Report on vaccination in the Province of Bengal - 1874-1889
Year: 1874
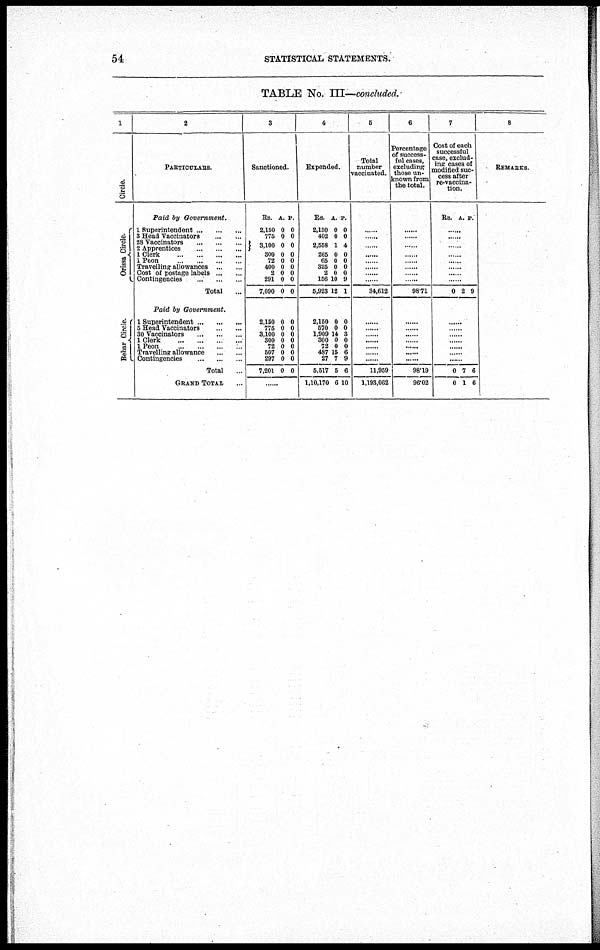
54
STATISTICAL STATEMENTS.
TABLE No. III—concluded.
1
Circle.
Orissa Circle.
Behar Circle.
2
PARTICULARS.
Paid by Government.
1 Superintendent ... ... ...
3 Head Vaccinators
...
...
28 Vaccinators
...
...
...
2 Apprentices
...
...
...
1 Clerk
...
...
...
...
1 Peon
...
...
...
...
Travelling allowances
...
...
Cost of postage labels ... ...
Contingencies
...
...
...
Total ...
Paid by Government.
1 Superintendent ... ... ...
6 Head Vaccinators
...
...
30 Vaccinators
...
...
...
1 Clerk
...
...
...
1 Peon
...
...
...
...
Travelling allowance
...
...
Contingencies
...
...
...
Total ...
GRAND TOTAL ...
3
Sanctioned.
Rs.
2,150
775
3,100
300
72
400
2
291
7,090
A.
0
0
0
0
0
0
0
0
0
P.
0
0
0
0
0
0
0
0
0
2,150
775
3,100
300
72
507
297
7,201
0
0
0
0
0
0
0
0
0
0
0
0
0
0
0
0
......
4
Expended.
Rs.
2,150
402
2,558
265
65
325
2
156
5,923
A.
0
0
1
0
0
0
0
10
12
P.
0
0
4
0
0
0
0
9
1
2,150
570
1,909
300
72
487
27
5,517
1,10,170
0
0
14
0
0
15
7
5
6
0
0
3
0
0
6
9
6
10
5
Total
number
vaccinated.
......
......
......
......
......
......
......
......
34,612
......
......
......
......
......
......
......
11,959
1,193,062
6
Percentage
of success-
--- cases,
excluding
those un-
known from
the total.
......
......
......
......
......
......
......
......
98.71
......
......
......
......
......
......
......
98.19
96.02
7
Cost of each
successful
case, exclud-
ing cases of
modified suc-
cess after
re-vaccina¬
tion.
Rs. A. P.
......
......
......
......
......
......
......
......
0 2 9
......
......
......
......
......
......
......
0
0
7
1
6
6
8
REMARKS.